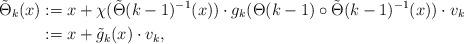
LaTeX: \begin{align*}\tilde\Theta_{k}(x) & := x + \chi(\tilde\Theta(k-1)^{-1}(x))\cdot g_k (\Theta(k-1)\circ\tilde\Theta(k-1)^{-1}(x))\cdot v_k\\& := x + \tilde g_k(x)\cdot v_k, \end{align*}